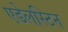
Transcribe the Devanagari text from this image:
एडेलस्टिन